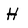
Character: H